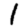
Digit: 1